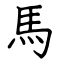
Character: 馬